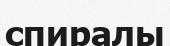
спиралы